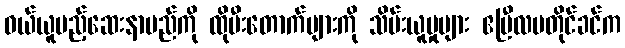
ဝယ်ယူမည့်ဆေးနာမည်ကို ထိုမီးတောက်များကို သိမ်းယူမှုများ ဧပြီလမတိုင်ခင်က